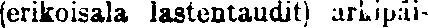
(erikoisala lastentaudit) arkipäi-